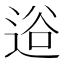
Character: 逧